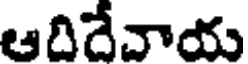
ఆదిదేచాయ